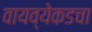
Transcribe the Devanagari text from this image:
वायव्येकडचा